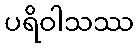
ပရိဝါသဿ